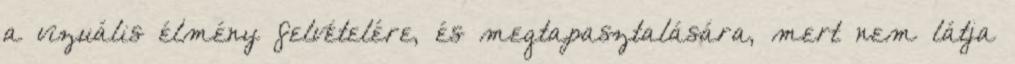
a vizuális élmény felvételére, és megtapasztalására, mert nem látja